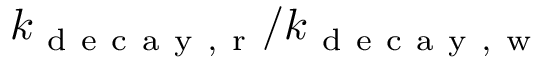
k _ { \mathrm { ~ d ~ e ~ c ~ a ~ y ~ , ~ r ~ } } / k _ { \mathrm { ~ d ~ e ~ c ~ a ~ y ~ , ~ w ~ } }